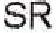
SR